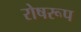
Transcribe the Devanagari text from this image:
रोषरूप